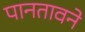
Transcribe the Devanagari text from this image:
पानतावने